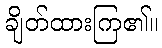
ချိတ်ထားကြ၏။